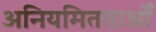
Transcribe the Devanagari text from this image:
अनियमितताओँ